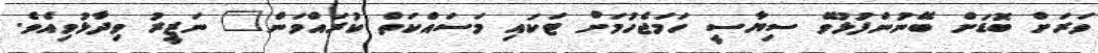
ވަރަށް ބޮޑަށް ބޭނުންފުޅުވޭ ސިޔާސީ ހަމަޖެހުމަށް ޓަކައި މަސައްކަތް ކުރައްވަން" ނަޒީރު ވިދާޅުވިއެވެ.